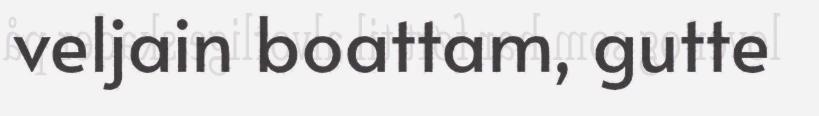
veljain boattam, gutte